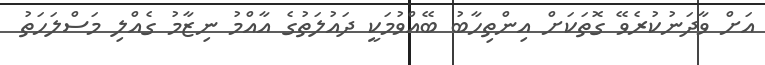
އަށް ވާދަނުކުރެވޭ ގޮތަކަށް އިންތިހާބު ބޭއްވުމަކީ ދައުލަތުގެ އާއްމު ނިޒާމު ގެއްލި މަސްލަހަތު